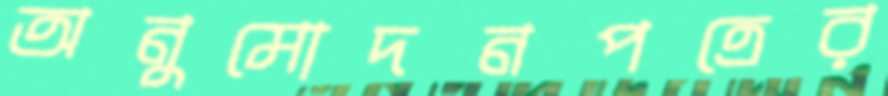
অনুমোদনপত্রের